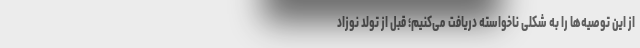
از این توصیه‌ها را به شکلی ناخواسته دریافت می‌کنیم؛ قبل از تولد نوزاد